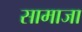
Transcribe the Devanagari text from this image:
सामाजा